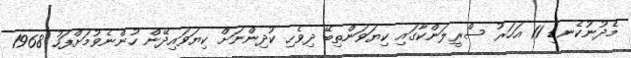
މެދުނުކެނޑި 11 އަހަރު ސްރީލަންކާގައި ކިޔަވަންތިބޭ ދިވެހި ކުދިންނަށް ކިޔަވައިދޭން ހުންނެވުމަށްފަހު 1968